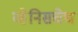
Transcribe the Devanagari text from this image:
व्हेनिसचेच